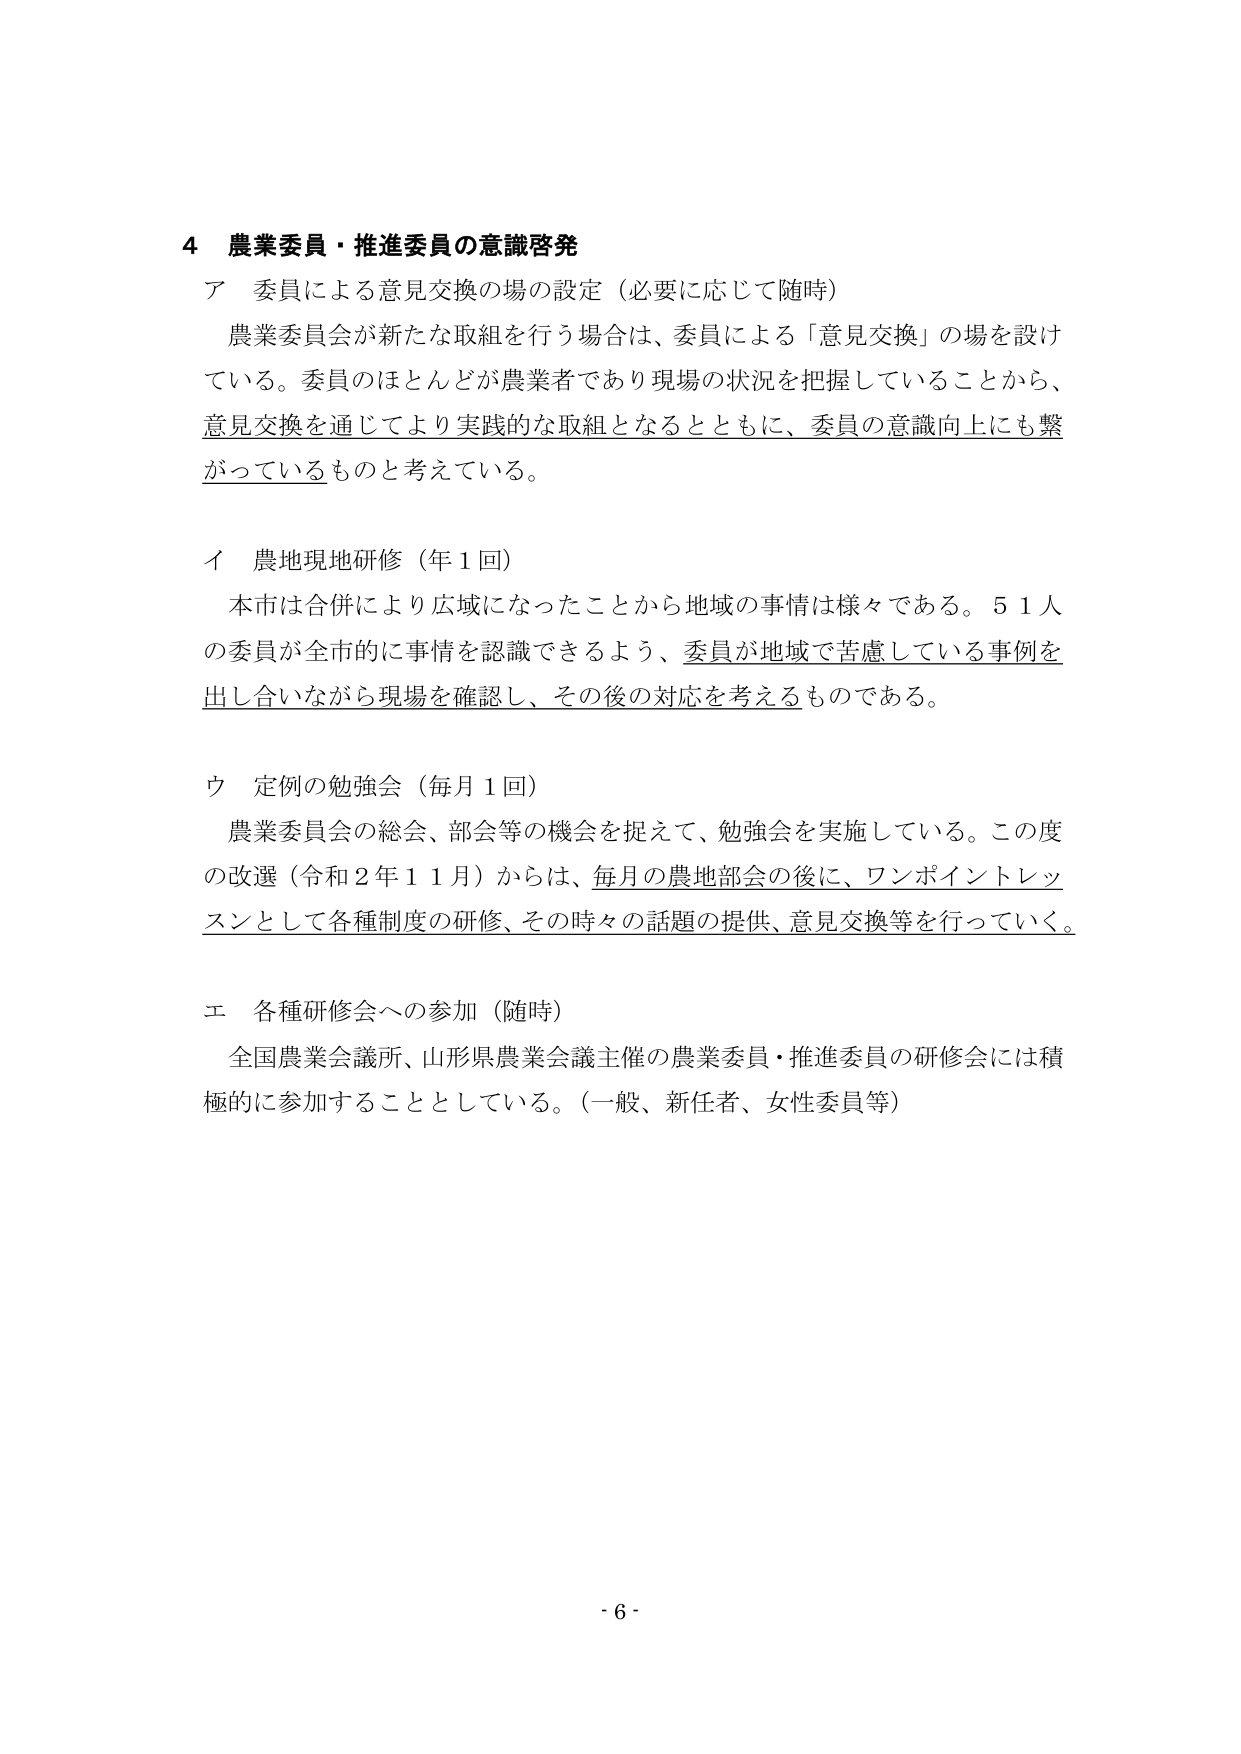
4 農業委員・推進委員の意識啓発
ア 委員による意見交換の場の設定（必要に応じて随時）
　農業委員会が新たな取組を行う場合は、委員による「意見交換」の場を設けている。委員のほとんどが農業者であり現場の状況を把握していることから、意見交換を通じてより実践的な取組となるとともに、委員の意識向上にも繋がっているものと考えている。

イ 農地現地研修（年1回）
　本市は合併により広域になったことから地域の事情は様々である。51人の委員が全市的に事情を認識できるよう、委員が地域で苦慮している事例を出し合いながら現場を確認し、その後の対応を考えるものである。

ウ 定例の勉強会（毎月1回）
　農業委員会の総会、部会等の機会を捉えて、勉強会を実施している。この度の改選（令和2年11月）からは、毎月の農地部会の後に、ワンポイントレッスンとして各種制度の研修、その時々の話題の提供、意見交換等を行っていく。

エ 各種研修会への参加（随時）
　全国農業会議所、山形県農業会議主催の農業委員・推進委員の研修会には積極的に参加することとしている。（一般、新任者、女性委員等）

- 6 -